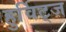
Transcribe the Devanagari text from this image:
हुर्विट्ज